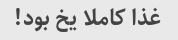
غذا کاملا یخ بود!